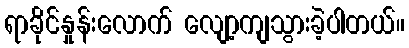
ရာခိုင်နှုန်းလောက် လျော့ကျသွားခဲ့ပါတယ်။